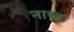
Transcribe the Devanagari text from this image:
नाथ्व